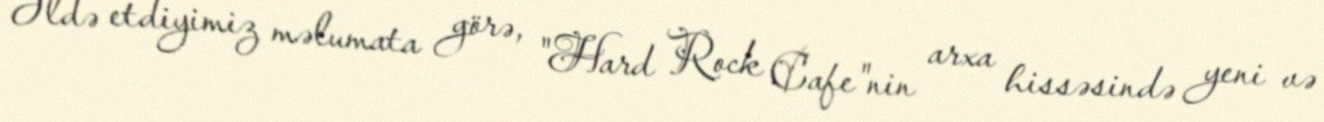
Əldə etdiyimiz məlumata görə, "Hard Rock Cafe"nin arxa hissəsində yeni və